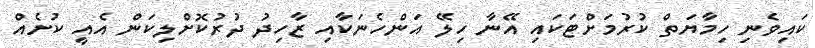
ކައިވެނި ހިމާޔަތް ކުރުމަށްޓަކައި އޭނާ ހިލޭ އަންހެނަކާއި ޒާހިދު ދުރުކޮށްލިކަން އެއީ ކުށެއް